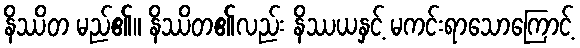
နိဿိတ မည်၏။ နိဿိတ၏လည်း နိဿယနှင့် မကင်းရာသောကြောင့်